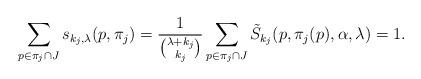
LaTeX: \begin{align*}\sum_{p\in \pi_j\cap J} s_{k_j, \lambda}(p, \pi_j) = \frac{1}{{\lambda+k_j\choose k_j}}\sum_{p\in \pi_j\cap J}\tilde S_{k_j}(p,\pi_j(p),\alpha, \lambda) =1.\end{align*}